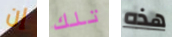
إن تلك هذه